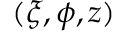
( \xi , \phi , z )